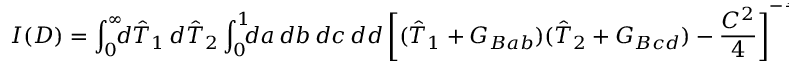
I ( D ) = \int _ { 0 } ^ { \infty } \! \! \! d \hat { T } _ { 1 } \, d \hat { T } _ { 2 } \int _ { 0 } ^ { 1 } \! \! \! d a \, d b \, d c \, d d \, { \biggl [ ( \hat { T } _ { 1 } + G _ { B a b } ) ( \hat { T } _ { 2 } + G _ { B c d } ) - { \frac { C ^ { 2 } } { 4 } } \biggr ] } ^ { - { \frac { D } { 2 } } }